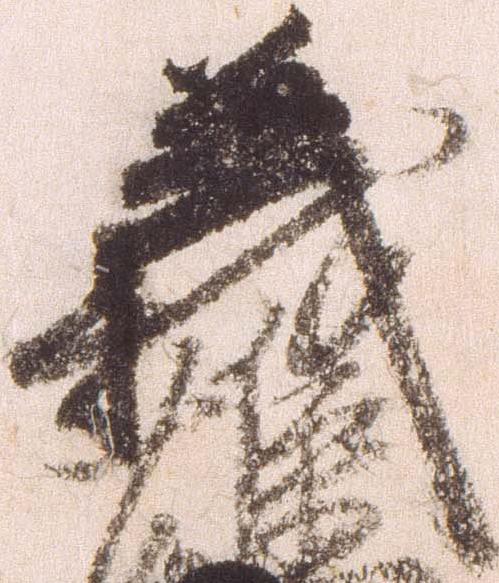
義